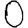
Digit: 0